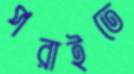
পরাইতে